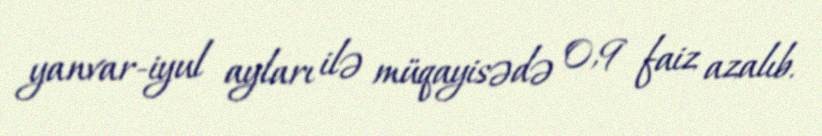
yanvar-iyul ayları ilə müqayisədə 0,9 faiz azalıb.